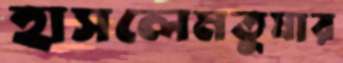
হাসলেমতুষার